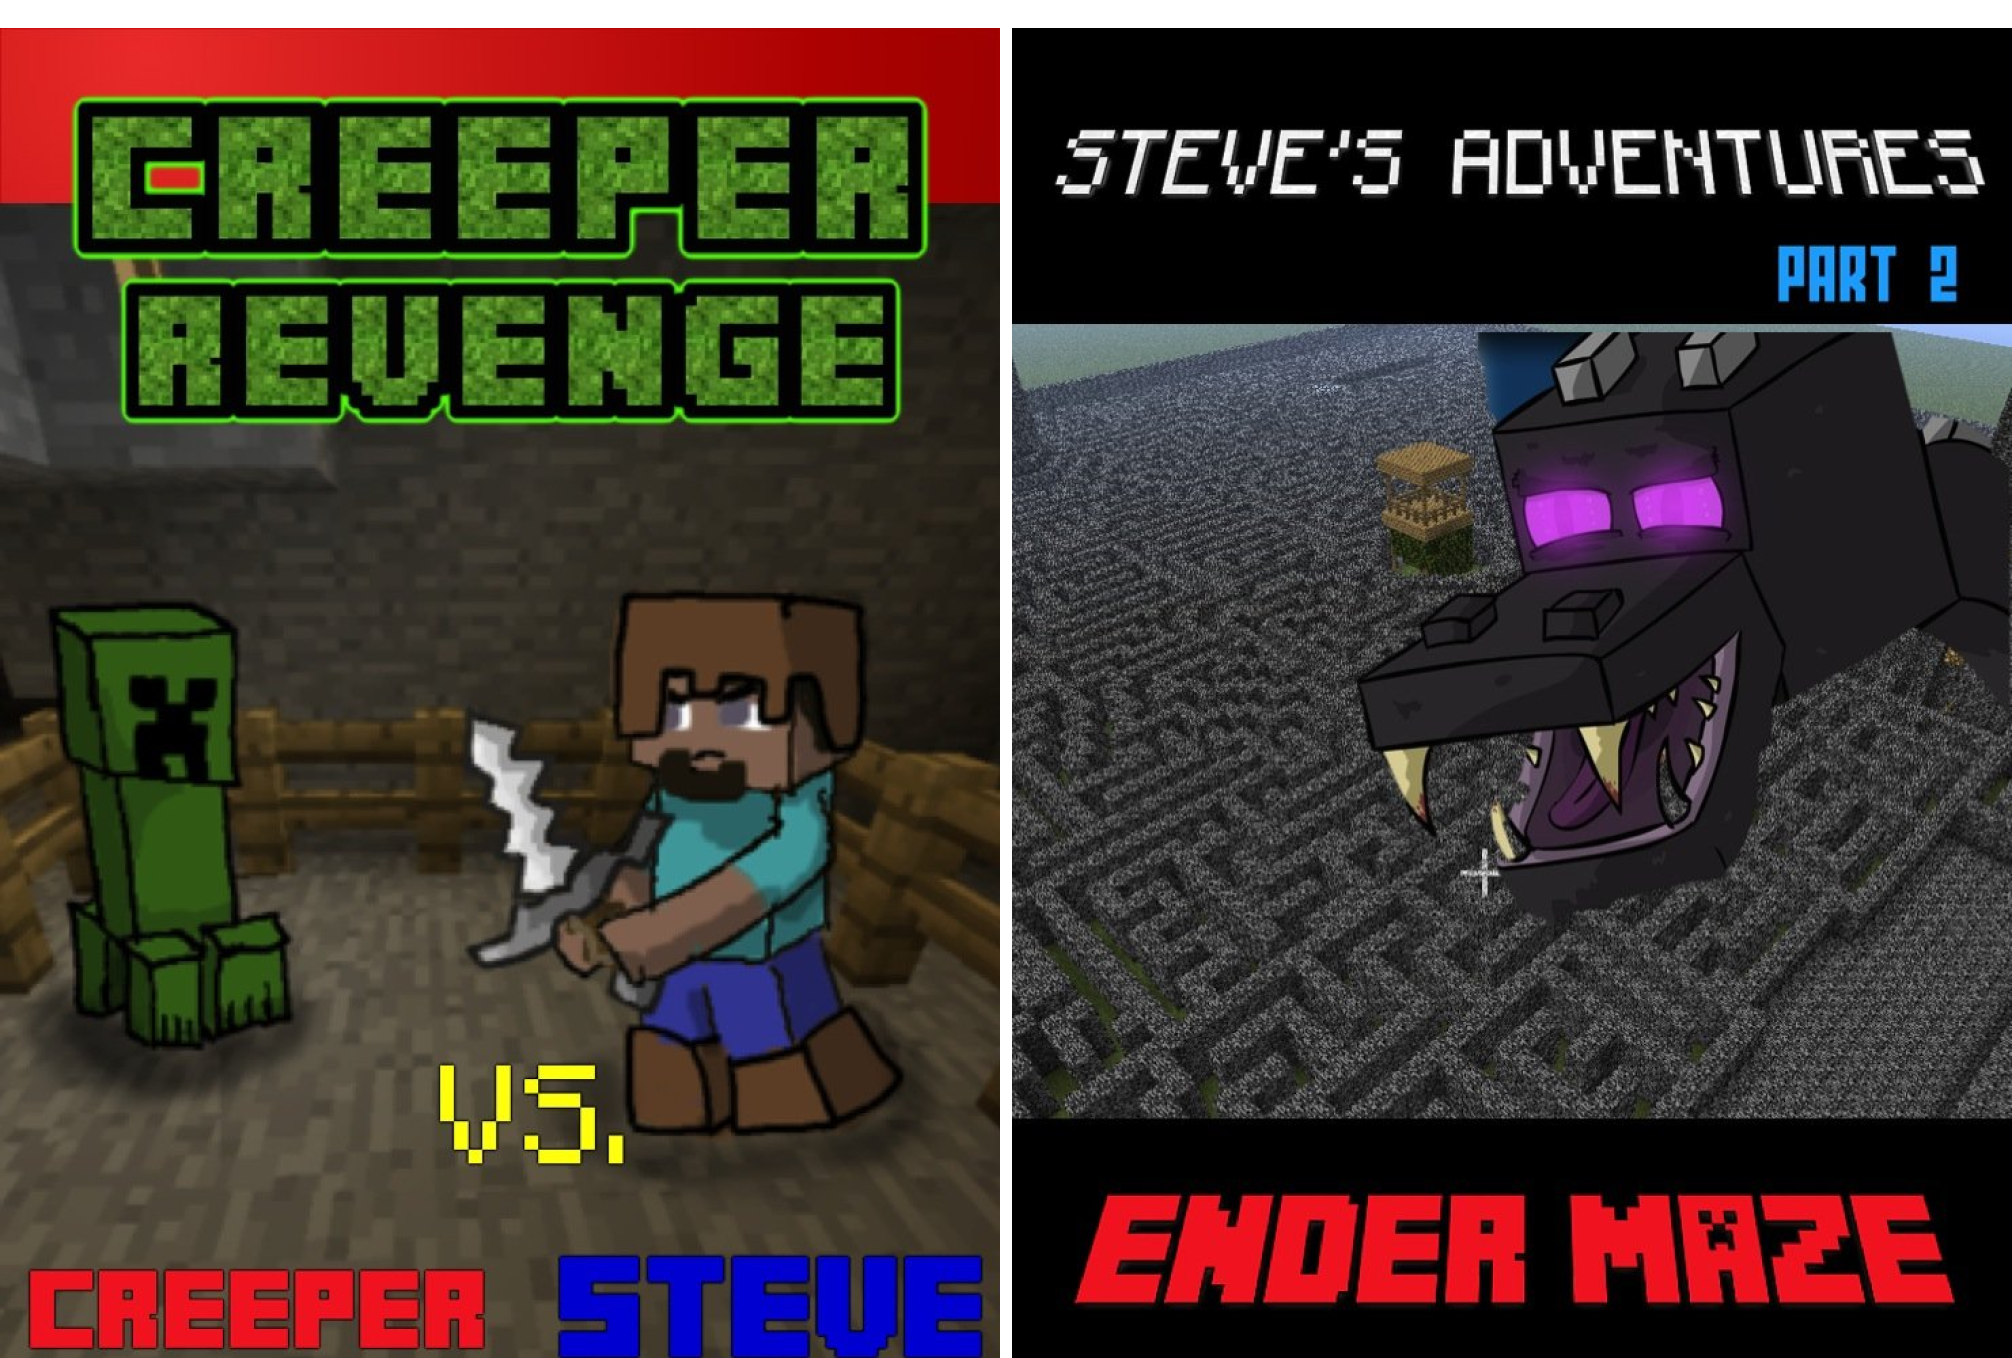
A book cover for Minecraft Steve's Adventures (2 Book Series); Ender King; Children's Books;